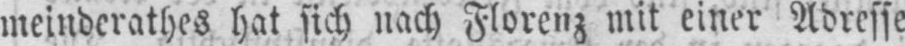
meinderathes hat sich nach Florenz mit einer Adresse